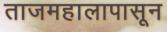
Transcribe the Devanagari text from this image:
ताजमहालापासून